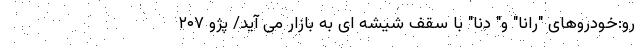
رو:خودروهای "رانا" و" دنا" با سقف شیشه ای به بازار می آید/ پژو ۲۰۷